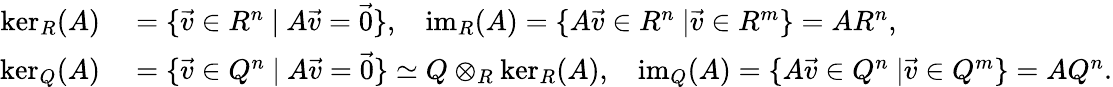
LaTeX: \begin{array}{rl}{\ker_{R}(A)}&{{}=\{ \vec{v}\in R^{n}\ |\ A\vec{v}=\vec{0}\} ,\ \ \ \operatorname{im}_{R}(A)=\{ A\vec{v}\in R^{n}\ |\vec{v}\in R^{m}\} =AR^{n},}\\ {\ker_{Q}(A)}&{{}=\{ \vec{v}\in Q^{n}\ |\ A\vec{v}=\vec{0}\} \simeq Q\otimes_{R}\ker_{R}(A),\ \ \ \operatorname{im}_{Q}(A)=\{ A\vec{v}\in Q^{n}\ |\vec{v}\in Q^{m}\} =AQ^{n}.}\end{array}